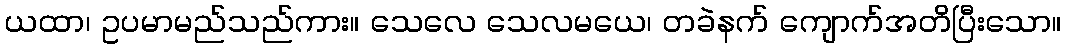
ယထာ၊ ဥပမာမည်သည်ကား။ သေလေ သေလမယေ၊ တခဲနက် ကျောက်အတိပြီးသော။